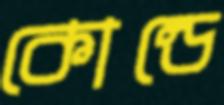
কোন্ডে